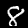
Digit: 8